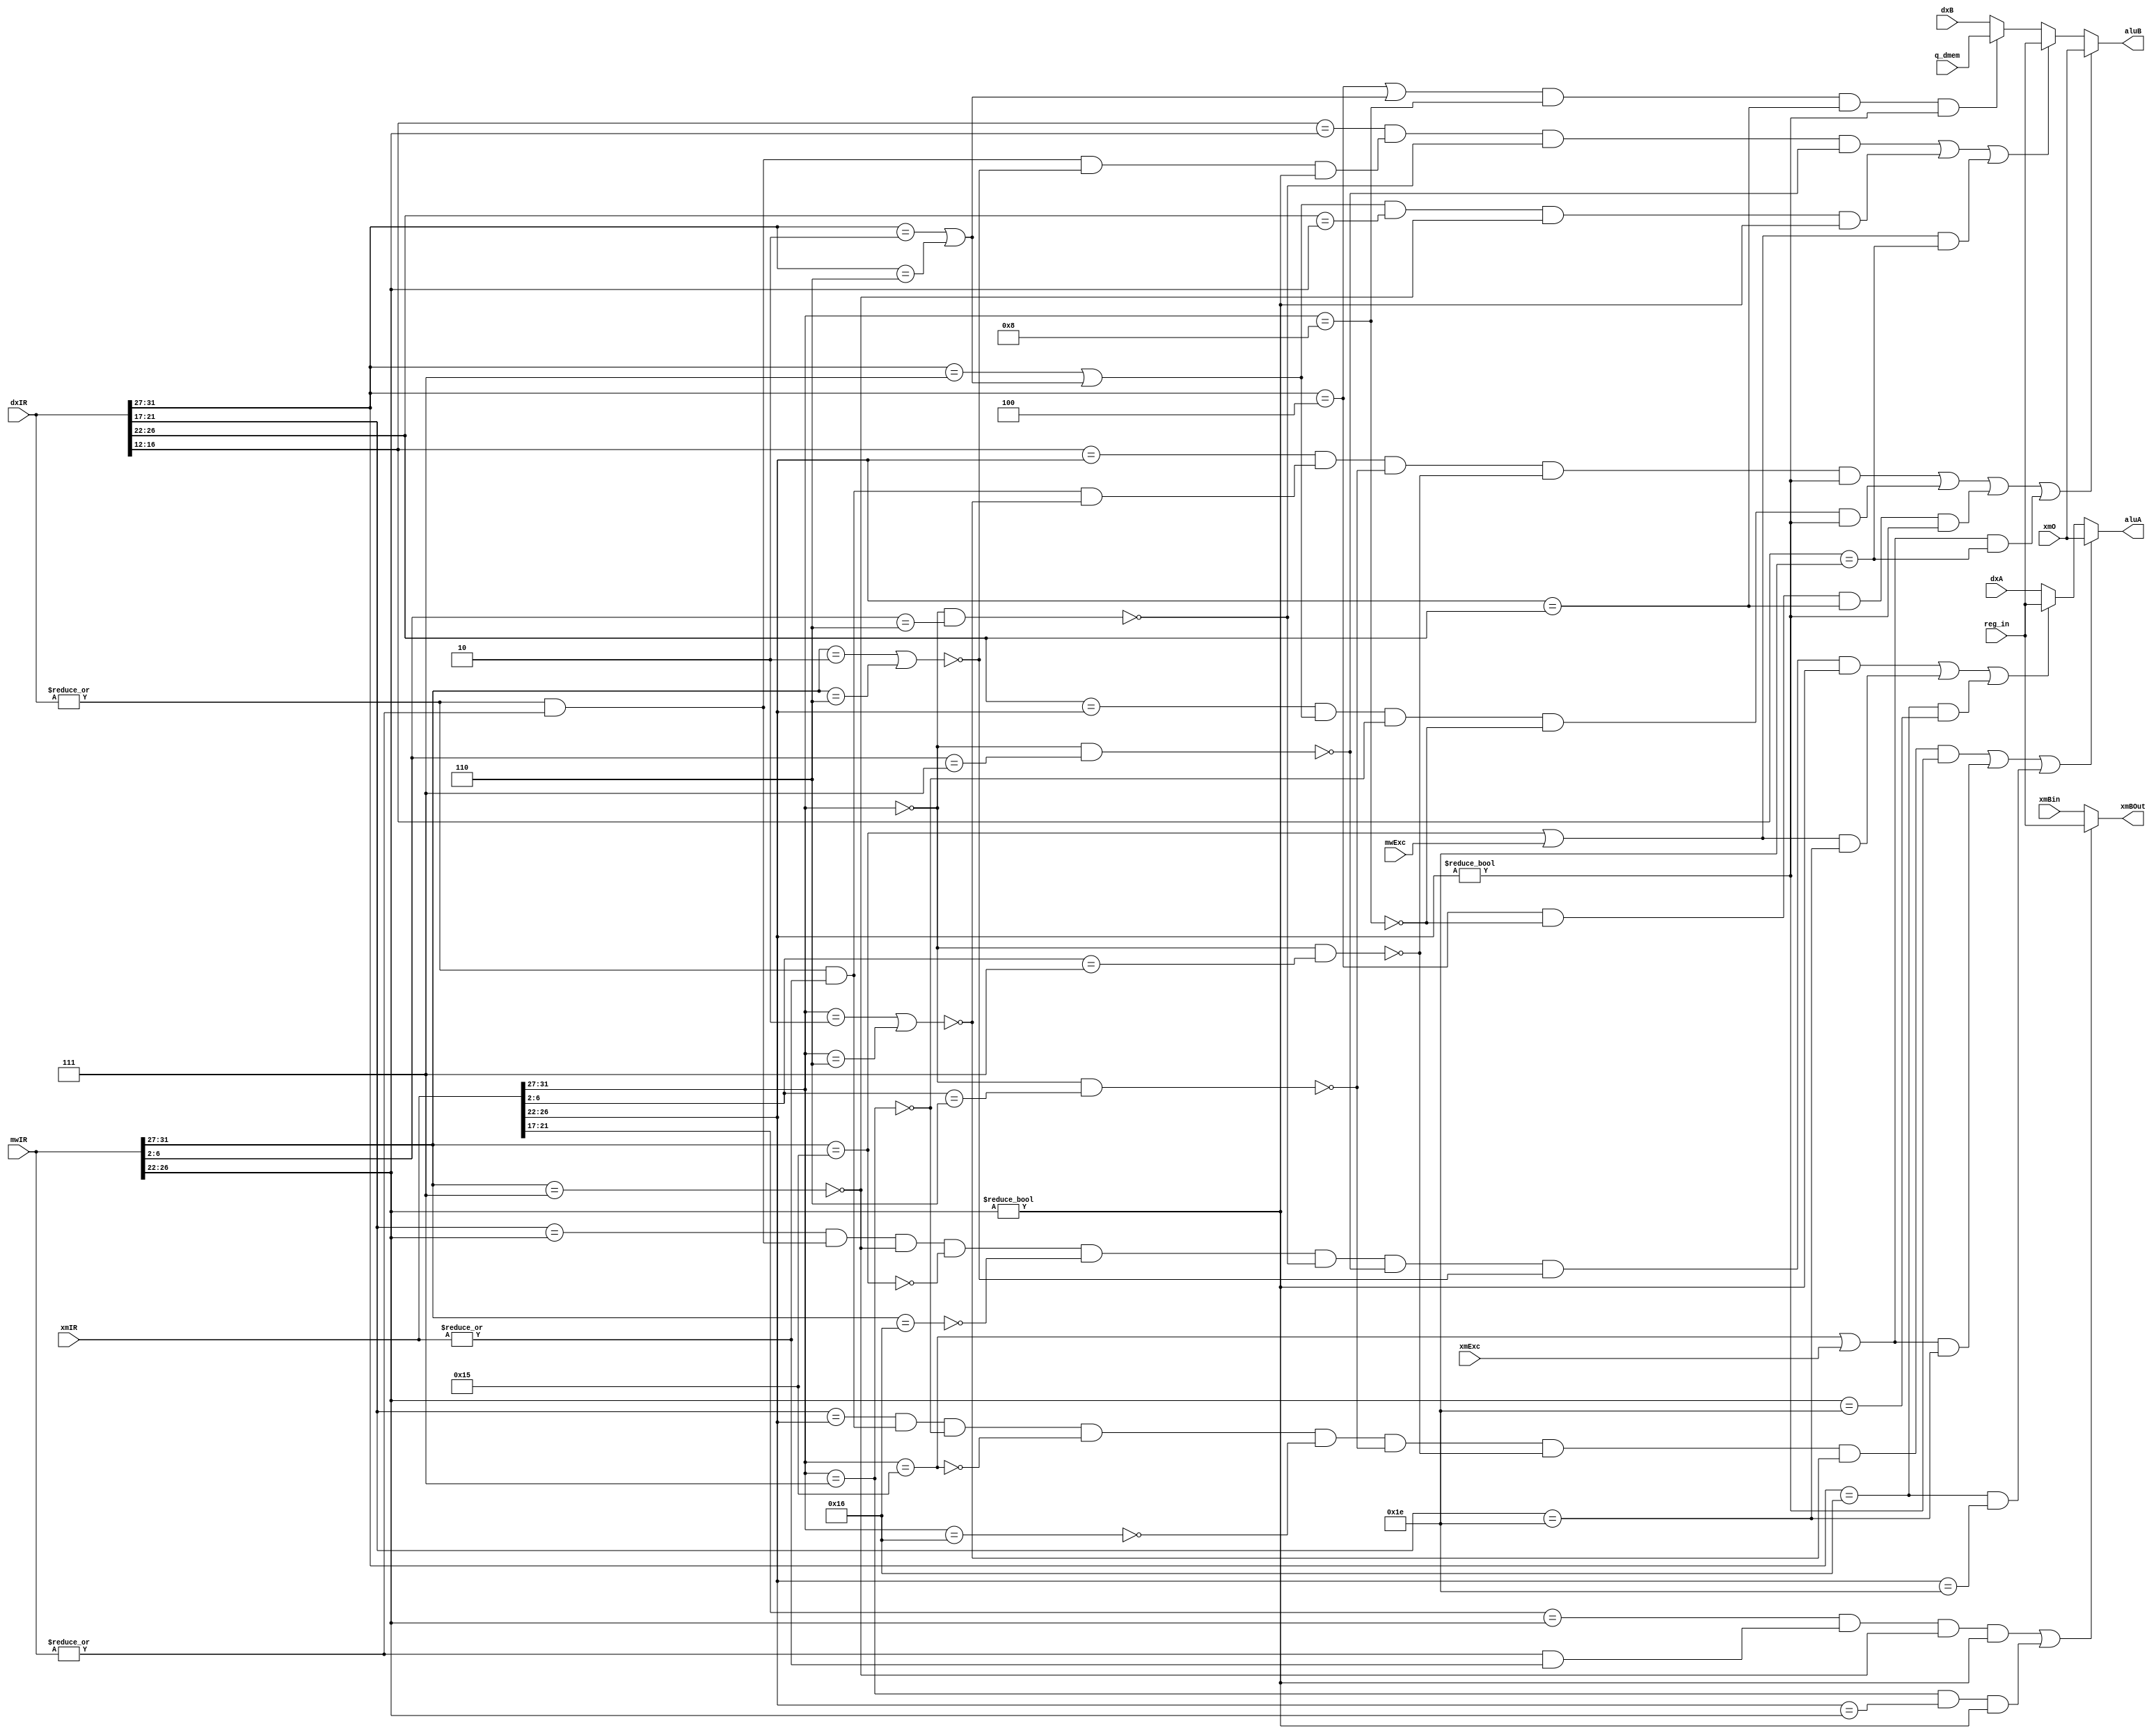
module bypass(input[31:0] dxIR, xmIR, mwIR, reg_in, xmO, xmBin, dxA, dxB, q_dmem, input xmExc, mwExc, output[31:0] aluA, aluB, xmBOut);
    wire[4:0] dxIRRS1, dxIRRS2, dxIRRD, xmIRRD, mwIRRD, xmIRRS1;
    wire dxNoOp, xmNoOp, mwNoOp, dxsw, xmsw, mwsw, aluAMux1, aluAMux2, aluBMux1, aluBMux2, aluBMux3, xmBMux, dxjr, dxbr, xmbr, mwbr, xmsetx, mwsetx, dxsetx, xmbex, mwbex, dxbex, xmmult, xmdiv, mwmult, mwdiv, xmlw;

    assign dxIRRS1 = dxIR[21:17];
    assign dxIRRS2 = dxIR[16:12];
    assign dxIRRD = dxIR[26:22];
    assign xmIRRD = xmIR[26:22];
    assign mwIRRD = mwIR[26:22];
    assign xmIRRS1 = xmIR[21:17];

    assign dxsw = dxIR[31:27] == 5'b00111;
    assign xmsw = xmIR[31:27] == 5'b00111;
    assign mwsw = mwIR[31:27] == 5'b00111;
    assign dxjr = dxIR[31:27] == 5'b00100;
    assign dxbr = dxIR[31:27] == 5'b00010 || dxIR[31:27] == 5'b00110;
    assign xmbr = xmIR[31:27] == 5'b00010 || xmIR[31:27] == 5'b00110;
    assign mwbr = mwIR[31:27] == 5'b00010 || mwIR[31:27] == 5'b00110;
    assign xmsetx = xmIR[31:27] == 5'b10101;
    assign mwsetx = mwIR[31:27] == 5'b10101;
    assign dxsetx = dxIR[31:27] == 5'b10101;
    assign xmbex = xmIR[31:27] == 5'b10110;
    assign mwbex = mwIR[31:27] == 5'b10110;
    assign dxbex = dxIR[31:27] == 5'b10110;
    assign xmmult = xmIR[31:27] == 5'b00000 && xmIR[6:2] == 5'b00110;
    assign xmdiv =  xmIR[31:27] == 5'b00000 && xmIR[6:2] == 5'b00111;
    assign mwmult = xmIR[31:27] == 5'b00000 && mwIR[6:2] == 5'b00110;
    assign mwdiv = xmIR[31:27] == 5'b00000 && mwIR[6:2] == 5'b00111;
    assign xmlw = xmIR[31:27] == 5'b01000;

    assign dxNoOp = ~|dxIR;
    assign xmNoOp = ~|xmIR;
    assign mwNoOp = ~|mwIR;

    assign aluAMux1 = (dxIRRS1 == xmIRRD) && (!dxNoOp && !xmNoOp) && !xmsw && !xmsetx && !xmbex && !xmmult && !xmdiv && !xmbr && xmIRRD != 5'b0 || ((xmsetx || xmExc) && (dxIRRS1 == 5'b11110)) || (dxbex && xmIRRD == 5'b11110);
    assign aluAMux2 = (dxIRRS1 == mwIRRD) && (!dxNoOp && !mwNoOp) && !mwsw && !mwsetx && !mwbex && !mwmult && !mwdiv && !mwbr && mwIRRD != 5'b0 || ((mwsetx || mwExc) && (dxIRRS1 == 5'b11110)) || (dxbex && mwIRRD == 5'b11110);
    assign aluBMux1 = ((dxIRRS2 == xmIRRD) && (!dxNoOp && !xmNoOp && !xmbr)) && !xmmult && !xmdiv && xmIRRD != 5'b0 || ((dxIRRD == xmIRRD) && (dxsw || dxbr)) && !xmsw && !xmlw && xmIRRD != 5'b0 || (dxjr && !xmlw && xmIRRD == dxIRRD && xmIRRD != 5'b0) || ((xmsetx || xmExc) && dxIRRS2 == 5'b11110);
    assign aluBMux2 = ((dxIRRS2 == mwIRRD) && (!dxNoOp && !mwNoOp && !mwbr && mwIRRD != 5'b0)) && !mwmult && !mwdiv || ((dxsw || dxbr) && (dxIRRD == mwIRRD)) && !mwsw && mwIRRD != 5'b0 || ((mwsetx || mwExc) && dxIRRS2 == 5'b11110);
    assign aluBMux3 = ((dxjr || dxbr) && xmlw && xmIRRD == dxIRRD && xmIRRD != 5'b0);
    assign xmBMux = ((xmIRRS1 == mwIRRD) && (!mwNoOp && !xmNoOp) && !mwsw && mwIRRD != 5'b0) || (xmsw && xmIRRD == mwIRRD && mwIRRD != 5'b0);

    assign aluA = aluAMux1 ? xmO : aluAMux2 ? reg_in: dxA;
    assign aluB = aluBMux1 ? xmO : aluBMux2 ? reg_in:  aluBMux3? q_dmem:dxB;
    assign xmBOut = xmBMux ? reg_in: xmBin;
endmodule